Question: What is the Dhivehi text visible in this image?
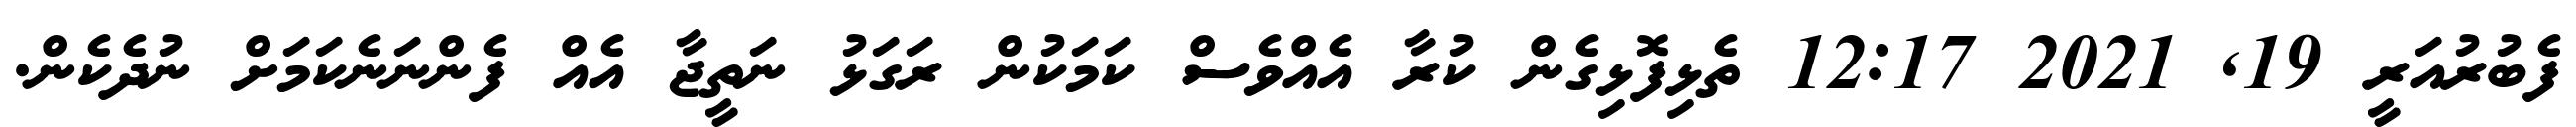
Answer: ފެބުރުއަރީ 19, 2021 12:17 ތެޅިފޮޅިގެން ކުރާ އެއްވެސް ކަމަކުން ރަގަޅު ނަތީޖާ އެއް ފެންނަނެކަމަށް ނުދެކެން.